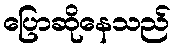
ပြောဆိုနေသည်